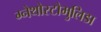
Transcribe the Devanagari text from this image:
ग्नेथोस्टोमुलिडा